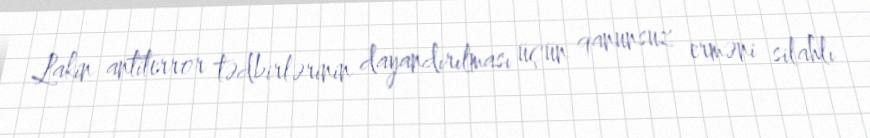
Lakin antiterror tədbirlərinin dayandırılması üçün qanunsuz erməni silahlı